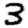
Digit: 3